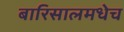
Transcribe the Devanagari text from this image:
बारिसालमधेच